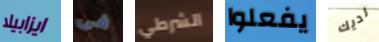
ايزابيلا فى الشرطي يفعلوا لديك